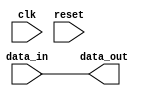
module lvcmos_buffer (
    input wire clk,
    input wire reset,
    input wire data_in,
    output wire data_out
);

assign data_out = data_in;

endmodule